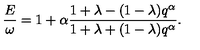
\frac { E } { \omega } = 1 + \alpha \frac { 1 + \lambda - ( 1 - \lambda ) q ^ { \alpha } } { 1 + \lambda + ( 1 - \lambda ) q ^ { \alpha } } .